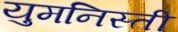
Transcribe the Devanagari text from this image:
युमनिस्ती